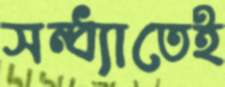
সন্ধ্যাতেই